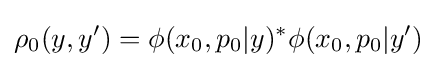
\rho _{0}(y,y')=\phi (x_{0},p_{0}|y)^{*}\phi (x_{0},p_{0}|y')